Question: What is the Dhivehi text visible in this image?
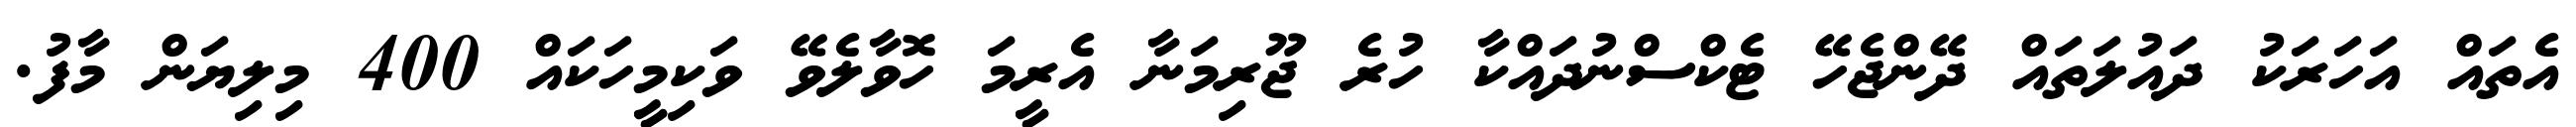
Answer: އެތައް އަހަރަކު ދައުލަތައް ދޭންޖެހޭ ޓެކްސްނުދައްކާ ހުރެ ޖޫރިމަނާ އެރީމަ ހޮވާލެވޭ ވަކިމީހަކައް 400 މިލިޔަން މާފު.